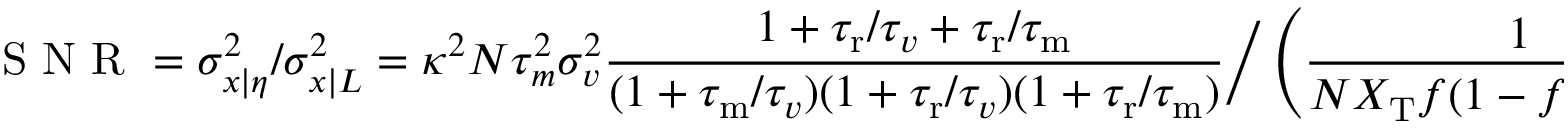
\mathrm { ~ S ~ N ~ R ~ } = \sigma _ { x | \eta } ^ { 2 } / \sigma _ { x | L } ^ { 2 } = \kappa ^ { 2 } N \tau _ { m } ^ { 2 } \sigma _ { v } ^ { 2 } \frac { 1 + { \tau _ { \mathrm { r } } } / { \tau _ { v } } + { \tau _ { \mathrm { r } } } / { \tau _ { \mathrm { m } } } } { ( 1 + { \tau _ { \mathrm { m } } } / { \tau _ { v } } ) ( 1 + { \tau _ { \mathrm { r } } } / \tau _ { v } ) ( 1 + { \tau _ { \mathrm { r } } } / { \tau _ { \mathrm { m } } } ) } \bigg / \left( \frac { 1 } { N X _ { \mathrm { T } } f ( 1 - f ) ( 1 - p ) ^ { 2 } } + \frac { \tilde { \alpha } } { R _ { \mathrm { T } } ( 1 + { \tau _ { \mathrm { r } } } / { \tau _ { \mathrm { m } } } ) } \right) ,